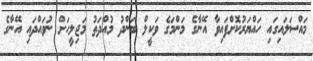
މައްސަލައިގައި ހައްޔަރުކޮށްފައިވާ އޭނާގެ މަންމަގެ ވަކީލް ބަންދު މުއްދަތު މަޖިލީހަށް ނުވައްދައި އޭނާގެ